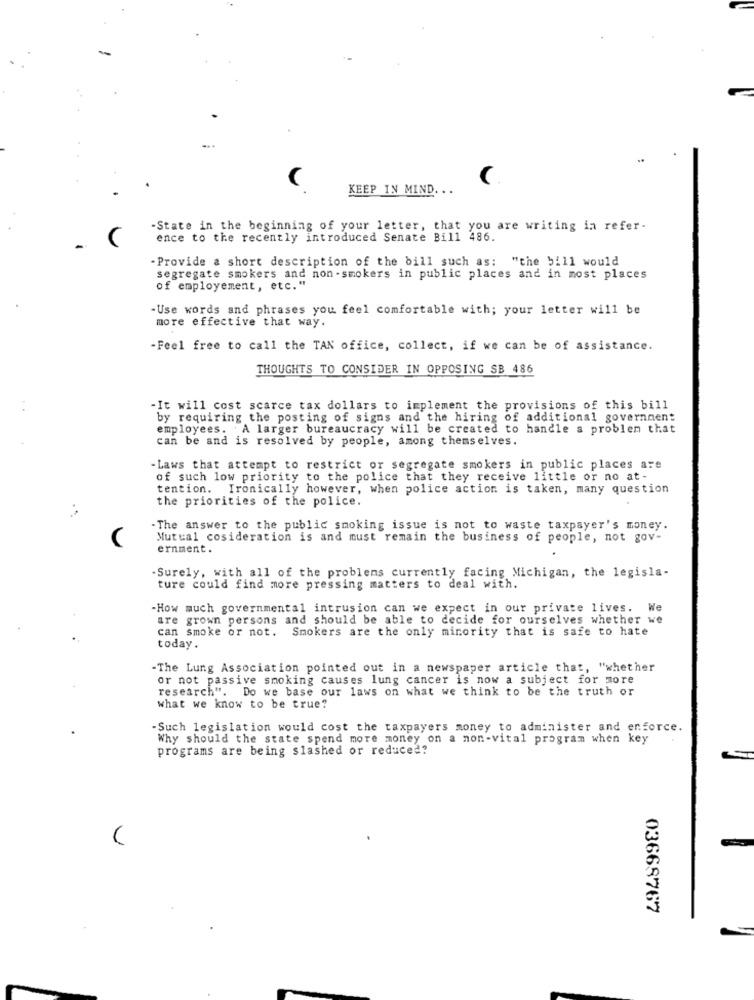
(.
KEEP IN MIND ...
State in the beginning of your letter, that you are writing in refer-
ence to the recently introduced Senate Bill 486.
- Provide a short description of the bill such as: "the 5111 would
segregate smokers and non-smokers in public places and in most places
of employement, etc. "
-Use words and phrases you feel comfortable with; your letter will be
more effective that way.
-Feel free to call the TAN office, collect, if we can be of assistance.
THOUGHTS TO CONSIDER IN OPPOSING SB 486
-It will cost scarce tax dollars to implement the provisions of this bill
by requiring the posting of signs and the hiring of additional government
employees. A larger bureaucracy will be created to handle a problem that
can be and is resolved by people, among themselves.
- Laws that attempt to restrict or segregate smokers in public places are
of such low priority to the police that they receive little or no at-
tention. Ironically however, when police action is taken, many question
the priorities of the police.
- The answer to the public smoking issue is not to waste taxpayer's money.
Mutual cosideration is and must remain the business of people, not gov-
ernment.
.Surely, with all of the problems currently facing Michigan, the legisla-
ture could find more pressing matters to deal with.
-How much governmental intrusion can we expect in our private lives. We
are grown persons and should be able to decide for ourselves whether we
can smoke or not. Smokers are the only minority that is safe to hate
today.
-The Lung Association pointed out in a newspaper article that, "whether
or not passive smoking causes lung cancer is now a subject for more
research". Do we base our laws on what we think to be the truth or
what we know to be true?
-Such legislation would cost the taxpayers money to administer and enforce.
Why should the state spend more money on a non-vital program when key
programs are being slashed or reduced?
03668767